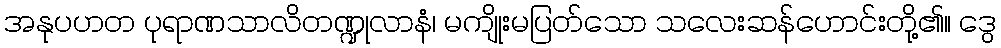
အနုပဟတ ပုရာဏသာလိတဏ္ဍုလာနံ၊ မကျိုးမပြတ်သော သလေးဆန်ဟောင်းတို့၏။ ဒွေ